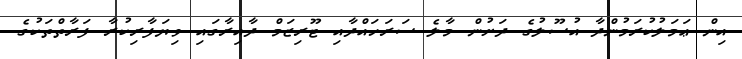
އިން ޢަމަލުކުރަމުންދާ އުސޫލުގެ ދަށުން މާލެ ސަރަހައްދާއި ޓޫރިޒަމް ދާއިރާގައި ވިޔަފާރިކުރާ ފަރާތްތަކުގެ